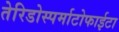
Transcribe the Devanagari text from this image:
तेरिडोस्पर्माटोफाईटा